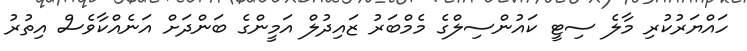
ހައްޔަރުކުރި މާލެ ސިޓީ ކައުންސިލްގެ މެމްބަރު ޒައިދުލް އަމީންގެ ބަންދަށް އަނެއްކާވެސް އިތުރު